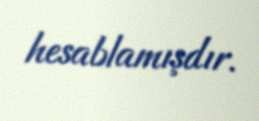
hesablamışdır.